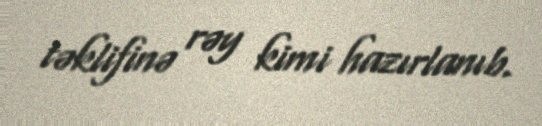
təklifinə rəy kimi hazırlanıb.